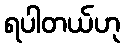
ရပါတယ်ဟု